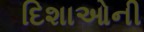
દિશાઓની